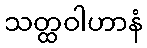
သတ္ထဝါဟာနံ